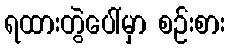
ရထားတွဲပေါ်မှာ စဉ်းစား